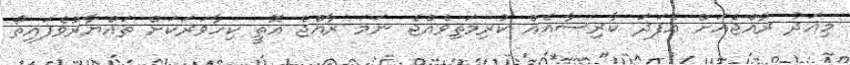
މިއަދު ރާއްޖެއަށް އެފަދަ ކާރިސާއެއް ކުރިމަތިވެއްޖެ ނަމަ ރާއްޖެ އޮތީ ކިހާވަރަކަށް ތައްޔާރުވެފައިތޯ